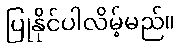
ပြုနိုင်ပါလိမ့်မည်။